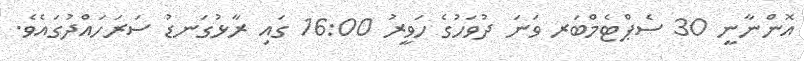
އޮންނާނީ 30 ސެޕްޓެމްބަރ ވަނަ ދުވަހުގެ ހަވީރު 16:00 ގައި ރާޅުގަނޑު ސަރަހައްދުގައެވެ.